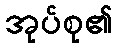
အုပ်စု၏